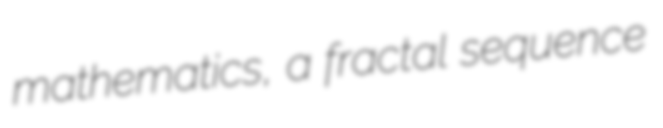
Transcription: mathematics, a fractal sequence